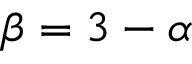
\beta = 3 - \alpha